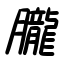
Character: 朧